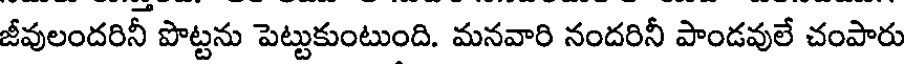
జీవులందరినీ పొట్టను పెట్టుకుంటుంది. మనవారి నందరినీ పాండవులే చంపారు